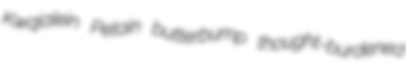
Kwajalein Petain butterbump thought-burdened